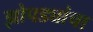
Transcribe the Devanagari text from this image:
झोपड्यांचा